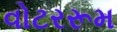
વોટરરૂમ